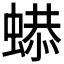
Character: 𧎦